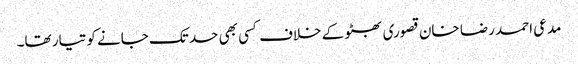
مدعی احمد رضا خان قصوری بھٹو کے خلاف کسی بھی حد تک جانے کو تیار تھا۔